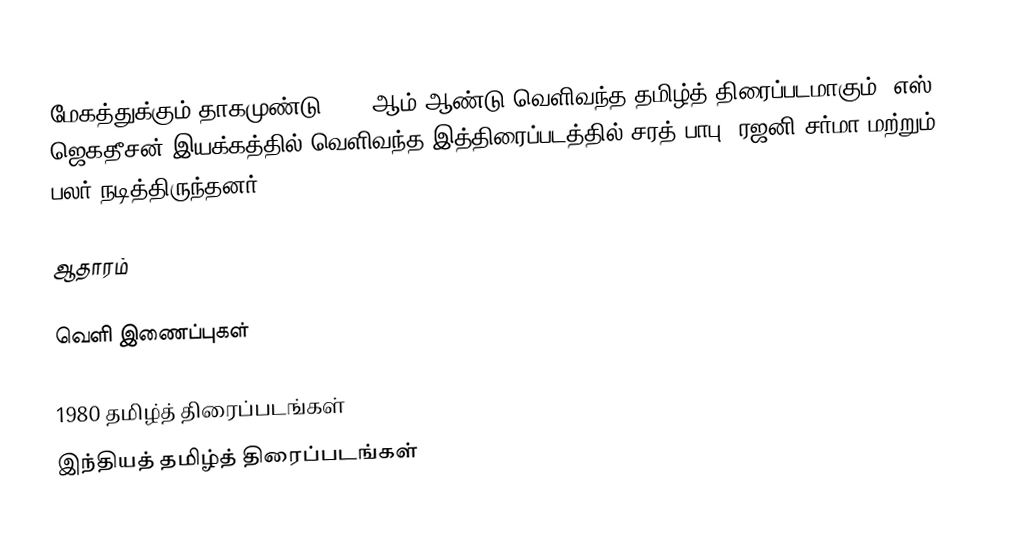
மேகத்துக்கும் தாகமுண்டு 1980 ஆம் ஆண்டு வெளிவந்த தமிழ்த் திரைப்படமாகும். எஸ். ஜெகதீசன் இயக்கத்தில் வெளிவந்த இத்திரைப்படத்தில் சரத் பாபு, ரஜனி சர்மா மற்றும் பலர் நடித்திருந்தனர்.

ஆதாரம்

வெளி இணைப்புகள்

1980 தமிழ்த் திரைப்படங்கள்
இந்தியத் தமிழ்த் திரைப்படங்கள்